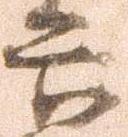
六